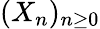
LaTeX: (X_{n})_{n\geq 0}